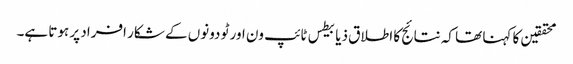
محققین کا کہنا تھا کہ نتائج کا اطلاق ذیابیطس ٹائپ ون اور ٹو دونوں کے شکار افراد پر ہوتا ہے۔